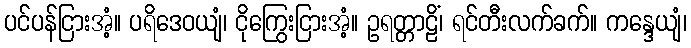
ပင်ပန်ငြားအံ့။ ပရိဒေဝယျံ၊ ငိုကြွေးငြားအံ့။ ဥရတ္တာဠိံ၊ ရင်တီးလက်ခက်။ ကန္ဒေယျံ၊